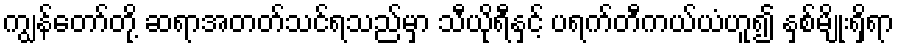
ကျွန်တော်တို့ ဆရာအတတ်သင်ရသည်မှာ သီယိုရီနှင့် ပရက်တီကယ်ယံဟူ၍ နှစ်မျိုးရှိရာ